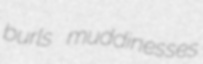
burls muddinesses